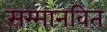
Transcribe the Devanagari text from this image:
सम्मानवित